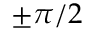
\pm \pi / 2